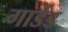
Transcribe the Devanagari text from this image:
गार्डेड